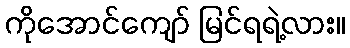
ကိုအောင်ကျော် မြင်ရရဲ့လား။